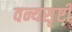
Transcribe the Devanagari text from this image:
वन्यसृष्टी